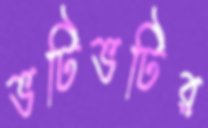
ভটিভটির